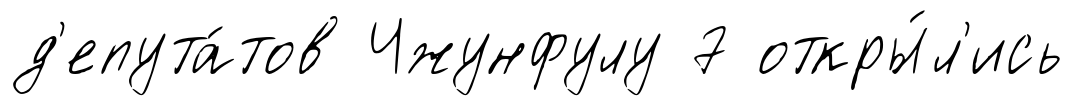
д'епута́тов Чжунфулу 7 откры́л'ись